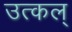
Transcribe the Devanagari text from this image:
उत्कल्